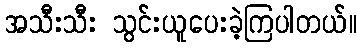
အသီးသီး သွင်းယူပေးခဲ့ကြပါတယ်။